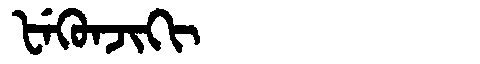
Manchu: ᡶᡝᡴᡠᠨᠵᡳᡴᡳ
Romanization: FEKUNJIKI